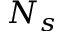
N _ { s }